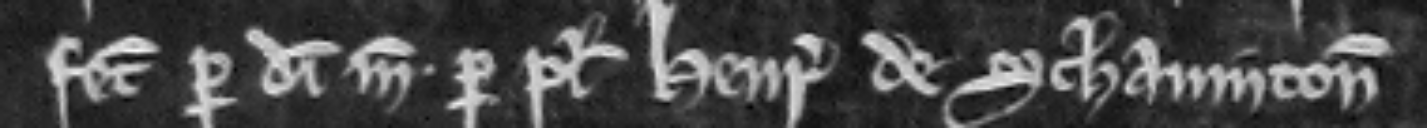
fecit per dimidiam marcam per plegium Henrici de Schavinton.